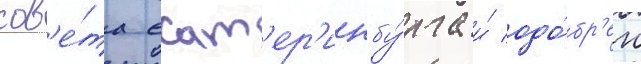
сов'е́та екат'ер'инбу́рга и́ одо́бр'ен